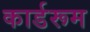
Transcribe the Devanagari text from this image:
कार्डरूम